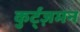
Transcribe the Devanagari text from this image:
कुर्ट्ज़मन